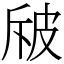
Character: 㿭